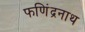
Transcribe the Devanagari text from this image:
फणिंद्रनाथ